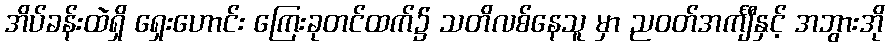
အိပ်ခန်းထဲရှိ ရှေးဟောင်း ကြေးခုတင်ထက်၌ သတိလစ်နေသူ မှာ ညဝတ်အင်္ကျီနှင့် အဘွားအို